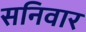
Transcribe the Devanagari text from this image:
सनिवार